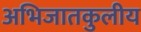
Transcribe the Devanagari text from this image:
अभिजातकुलीय